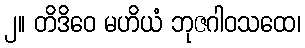
၂။ တိဒိဝေ မဟိယံ ဘုဇဂါဝသထေ၊